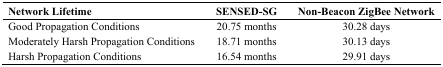
<table><thead><tr><td><b>Network Lifetime</b></td><td><b>SENSED-SG</b></td><td><b>Non-Beacon ZigBee Network</b></td></tr></thead><tbody><tr><td>Good Propagation Conditions</td><td>20.75 months</td><td>30.28 days</td></tr><tr><td>Moderately Harsh Propagation Conditions</td><td>18.71 months</td><td>30.13 days</td></tr><tr><td>Harsh Propagation Conditions</td><td>16.54 months</td><td>29.91 days</td></tr></tbody></table>